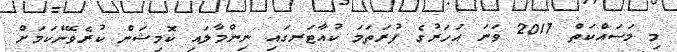
މި މަސައްކަތް 2017 ވަނަ އަހަރުގެ ފުރަތަމަ ކުއާޓަރގައި ނިންމާލައި ކޮމިޝަން ކުރެވޭނެކަމަށް